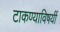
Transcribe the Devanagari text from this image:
टाकण्याविषयीं